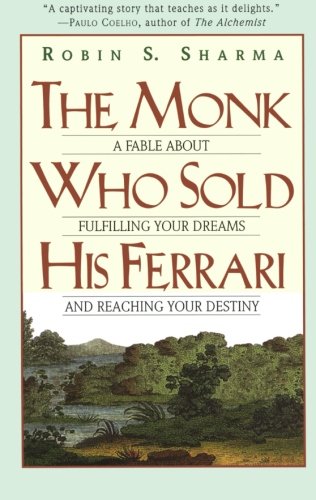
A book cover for The Monk Who Sold His Ferrari: A Fable About Fulfilling Your Dreams & Reaching Your Destiny; Robin Sharma; Religion & Spirituality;